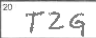
Transcription: TZG